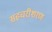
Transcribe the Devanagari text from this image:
सहचरीशरण